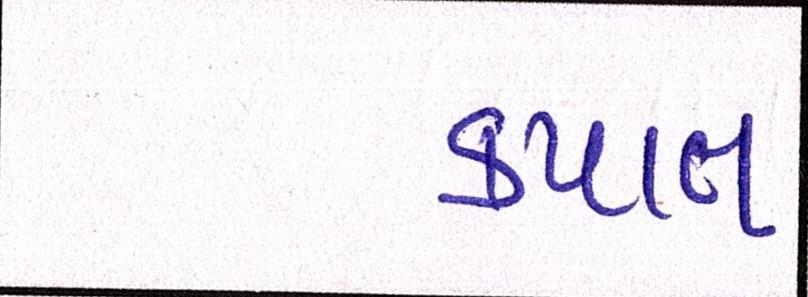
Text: કપાત